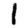
Digit: 1